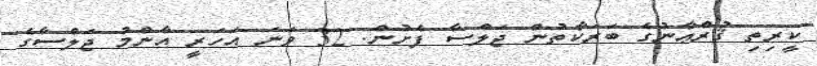
ކީރިތި ޤުރްޢާނުގެ ބަރަކާތުން ޖަލްސާ ފެށުން. 32 ވަނަ އަހަރީ އާންމު ޖަލްސާގެ